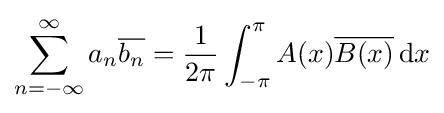
\sum _{n=-\infty }^{\infty }a_{n}{\overline {b_{n}}}={\frac {1}{2\pi }}\int _{-\pi }^{\pi }A(x){\overline {B(x)}}\,\mathrm {d} x